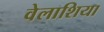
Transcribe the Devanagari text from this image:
वेलाशिया